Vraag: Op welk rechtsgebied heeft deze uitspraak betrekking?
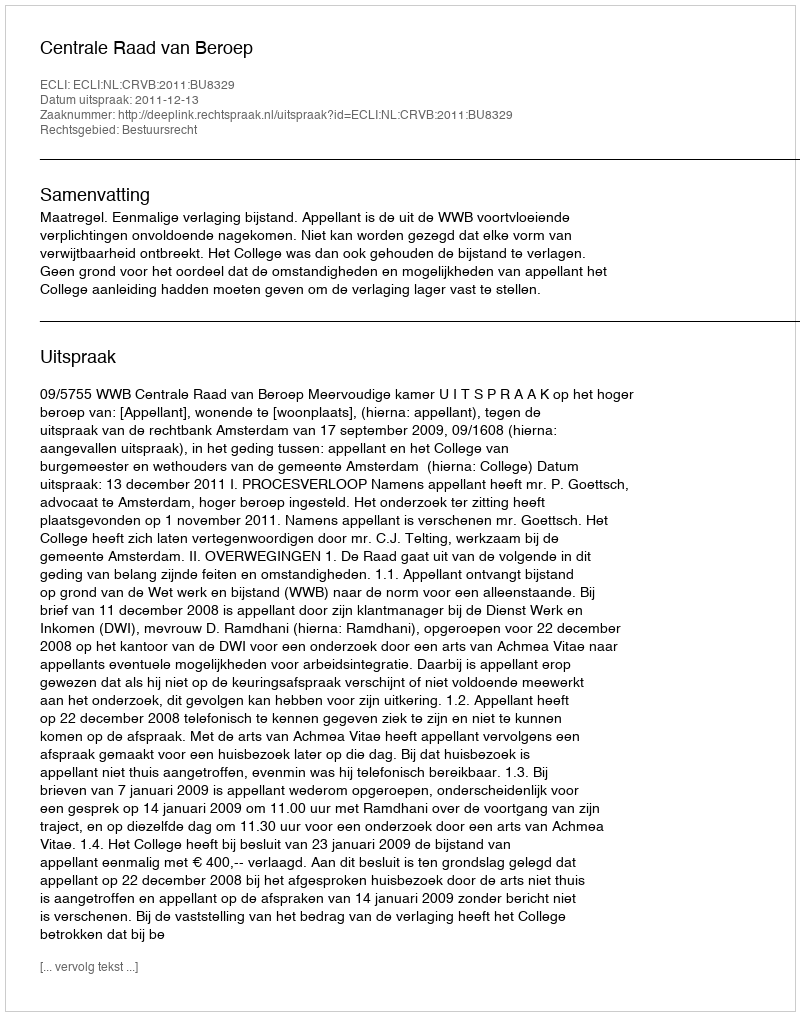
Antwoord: Bestuursrecht